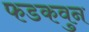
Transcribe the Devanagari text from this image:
फडकवुन